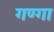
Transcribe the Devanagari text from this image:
गण्गा